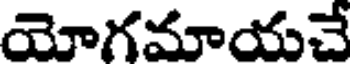
యోగమాయచే